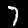
Label: 7